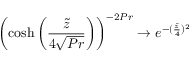
\left( \cosh { \left( \frac { \tilde { z } } { 4 \sqrt { P r } } \right) } \right) ^ { - 2 P r } \to e ^ { - ( \frac { \tilde { z } } { 4 } ) ^ { 2 } }